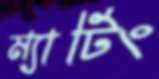
ম্যাটিং